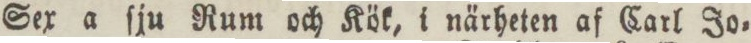
Sex a ſju Rum och Kök, i närheten af Carl Jo=